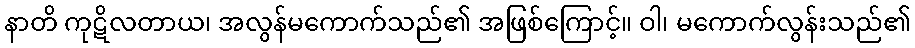
နာတိ ကုဋိလတာယ၊ အလွန်မကောက်သည်၏ အဖြစ်ကြောင့်။ ဝါ၊ မကောက်လွန်းသည်၏